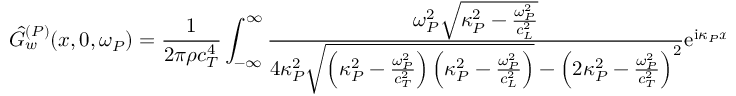
\hat { G } _ { w } ^ { ( P ) } ( x , 0 , \omega _ { P } ) = \frac { 1 } { 2 \pi \rho c _ { T } ^ { 4 } } \int _ { - \infty } ^ { \infty } \frac { \omega _ { P } ^ { 2 } \sqrt { \kappa _ { P } ^ { 2 } - \frac { \omega _ { P } ^ { 2 } } { c _ { L } ^ { 2 } } } } { 4 \kappa _ { P } ^ { 2 } \sqrt { \left( \kappa _ { P } ^ { 2 } - \frac { \omega _ { P } ^ { 2 } } { c _ { T } ^ { 2 } } \right) \left( \kappa _ { P } ^ { 2 } - \frac { \omega _ { P } ^ { 2 } } { c _ { L } ^ { 2 } } \right) } - \left( 2 \kappa _ { P } ^ { 2 } - \frac { \omega _ { P } ^ { 2 } } { c _ { T } ^ { 2 } } \right) ^ { 2 } } \mathrm { e } ^ { \mathrm { i } \kappa _ { P } x } \mathrm { ~ d } \kappa _ { P } .